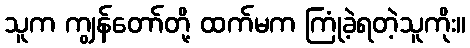
သူက ကျွန်တော်တို့ ထက်မက ကြုံခဲ့ရတဲ့သူကိုး။